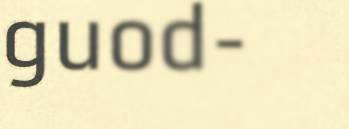
guod-